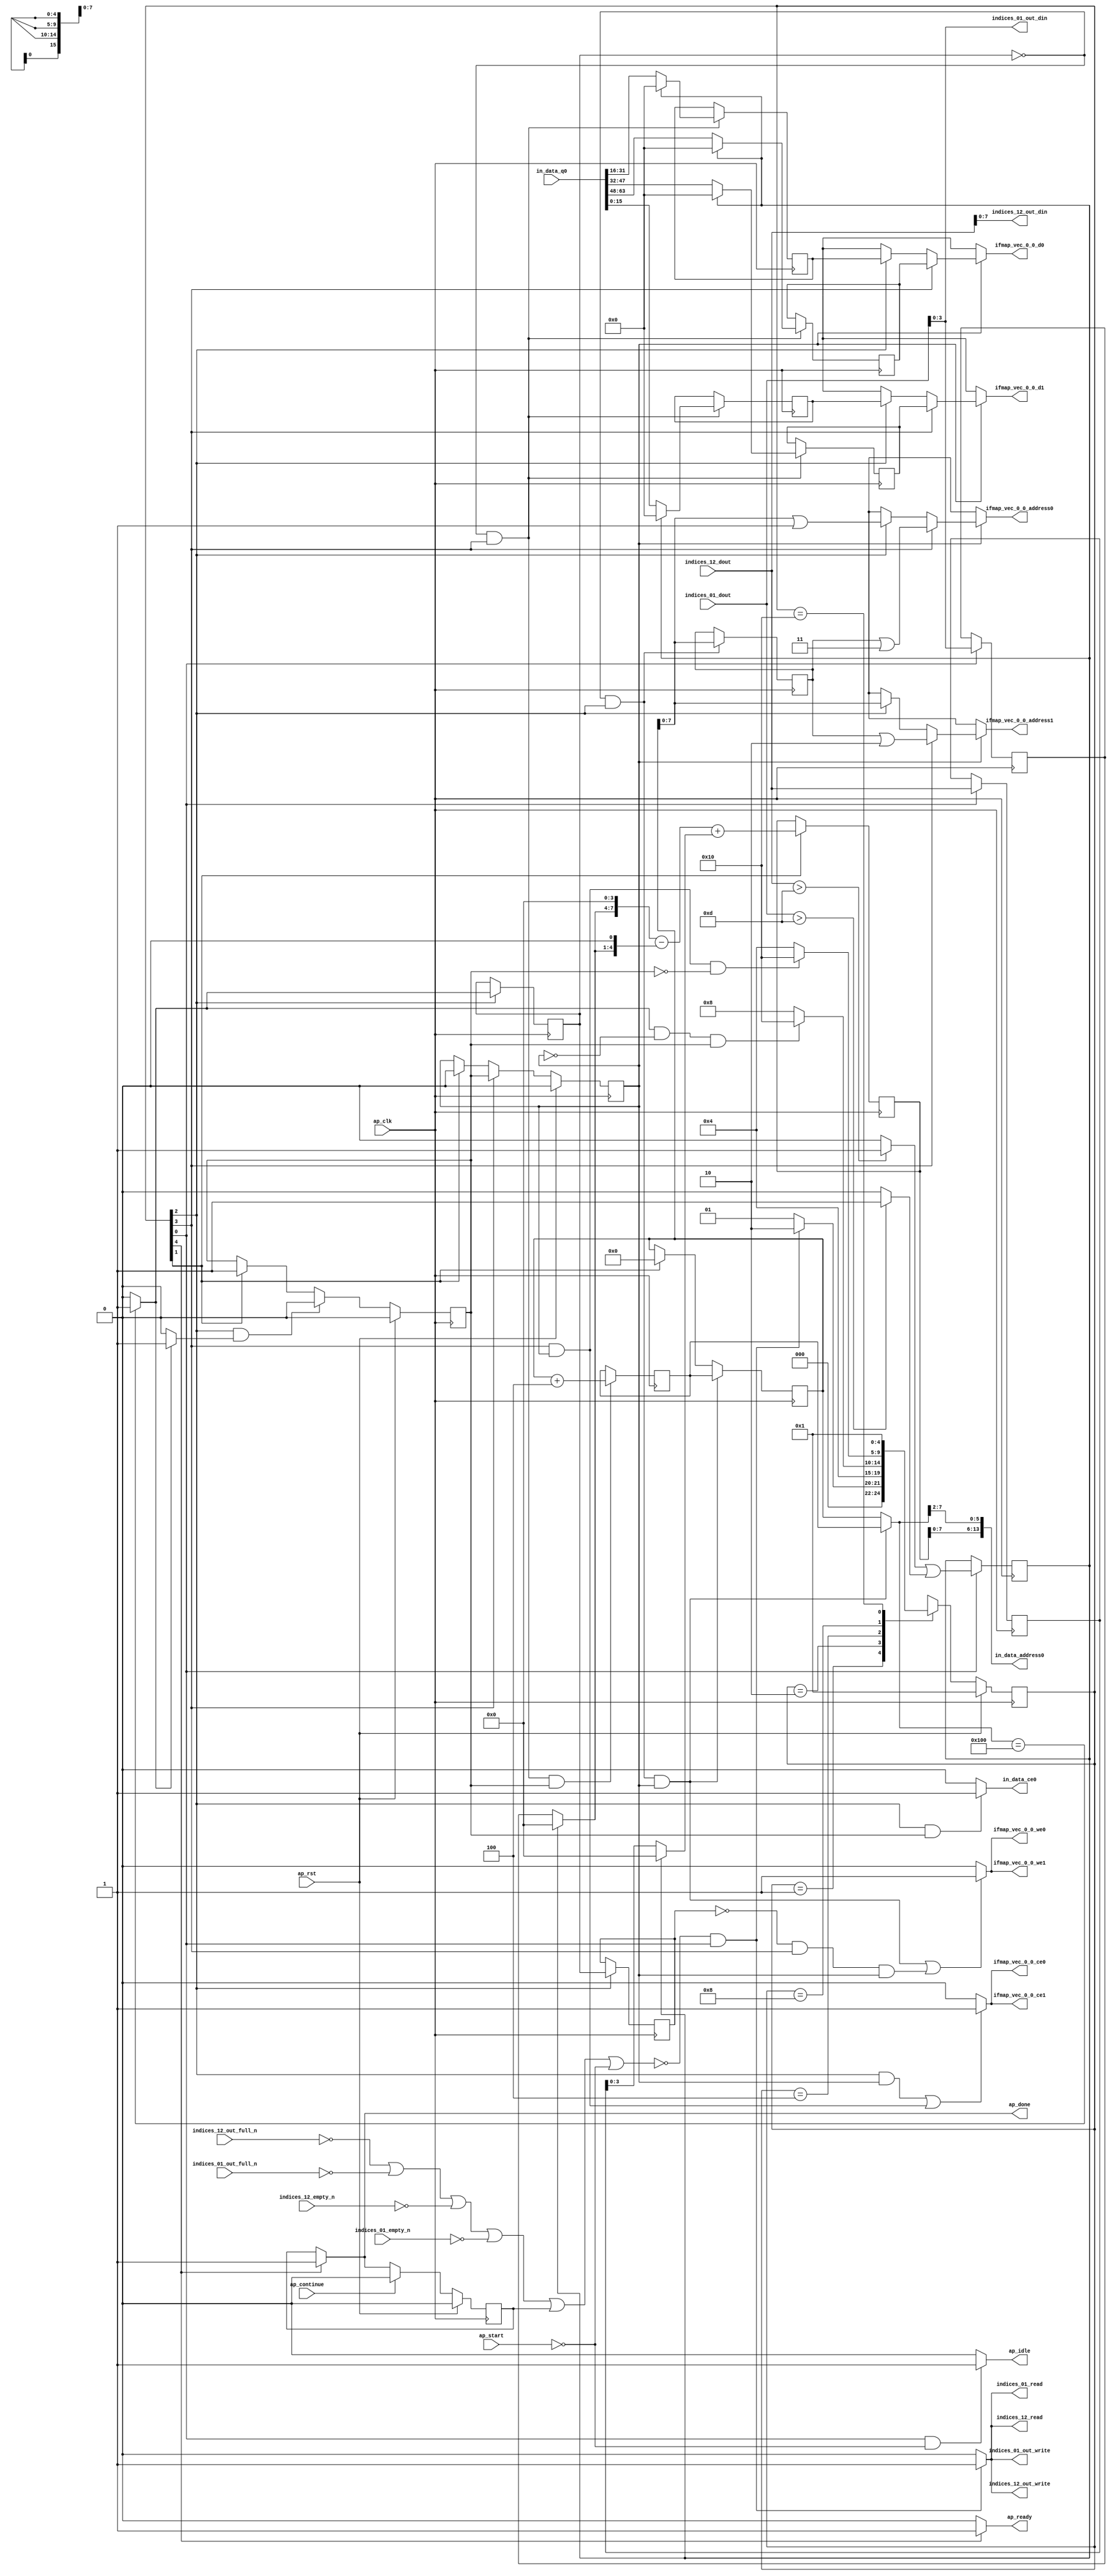
`define EXPONENT 5
`define MANTISSA 10
`define ACTUAL_MANTISSA 11
`define EXPONENT_LSB 10
`define EXPONENT_MSB 14
`define MANTISSA_LSB 0
`define MANTISSA_MSB 9
`define MANTISSA_MUL_SPLIT_LSB 3
`define MANTISSA_MUL_SPLIT_MSB 9
`define SIGN 1
`define SIGN_LOC 15
`define DWIDTH (`SIGN+`EXPONENT+`MANTISSA)
`define IEEE_COMPLIANCE 1

module td_fused_top_tdf9_readInputs (
        ap_clk,
        ap_rst,
        ap_start,
        ap_done,
        ap_continue,
        ap_idle,
        ap_ready,
        in_data_address0,
        in_data_ce0,
        in_data_q0,
        indices_01_dout,
        indices_01_empty_n,
        indices_01_read,
        indices_12_dout,
        indices_12_empty_n,
        indices_12_read,
        ifmap_vec_0_0_address0,
        ifmap_vec_0_0_ce0,
        ifmap_vec_0_0_we0,
        ifmap_vec_0_0_d0,
        ifmap_vec_0_0_address1,
        ifmap_vec_0_0_ce1,
        ifmap_vec_0_0_we1,
        ifmap_vec_0_0_d1,
        indices_01_out_din,
        indices_01_out_full_n,
        indices_01_out_write,
        indices_12_out_din,
        indices_12_out_full_n,
        indices_12_out_write
);

parameter    ap_ST_fsm_state1 = 5'd1;
parameter    ap_ST_fsm_state2 = 5'd2;
parameter    ap_ST_fsm_pp0_stage0 = 5'd4;
parameter    ap_ST_fsm_pp0_stage1 = 5'd8;
parameter    ap_ST_fsm_state7 = 5'd16;

input   ap_clk;
input   ap_rst;
input   ap_start;
output   ap_done;
input   ap_continue;
output   ap_idle;
output   ap_ready;
output  [13:0] in_data_address0;
output   in_data_ce0;
input  [63:0] in_data_q0;
input  [15:0] indices_01_dout;
input   indices_01_empty_n;
output   indices_01_read;
input  [15:0] indices_12_dout;
input   indices_12_empty_n;
output   indices_12_read;
output  [7:0] ifmap_vec_0_0_address0;
output   ifmap_vec_0_0_ce0;
output   ifmap_vec_0_0_we0;
output  [15:0] ifmap_vec_0_0_d0;
output  [7:0] ifmap_vec_0_0_address1;
output   ifmap_vec_0_0_ce1;
output   ifmap_vec_0_0_we1;
output  [15:0] ifmap_vec_0_0_d1;
output  [3:0] indices_01_out_din;
input   indices_01_out_full_n;
output   indices_01_out_write;
output  [7:0] indices_12_out_din;
input   indices_12_out_full_n;
output   indices_12_out_write;

reg ap_done;
reg ap_idle;
reg ap_ready;
reg in_data_ce0;
reg indices_01_read;
reg indices_12_read;
reg[7:0] ifmap_vec_0_0_address0;
reg ifmap_vec_0_0_ce0;
reg ifmap_vec_0_0_we0;
reg[15:0] ifmap_vec_0_0_d0;
reg[7:0] ifmap_vec_0_0_address1;
reg ifmap_vec_0_0_ce1;
reg ifmap_vec_0_0_we1;
reg[15:0] ifmap_vec_0_0_d1;
reg indices_01_out_write;
reg indices_12_out_write;

reg    ap_done_reg;
  reg   [4:0] ap_CS_fsm;
wire    ap_CS_fsm_state1;
reg    indices_01_blk_n;
reg    indices_12_blk_n;
reg    indices_01_out_blk_n;
reg    indices_12_out_blk_n;
reg   [8:0] kk_0_i_i_reg_180;
wire   [3:0] trunc_ln135_fu_192_p1;
reg   [3:0] trunc_ln135_reg_432;
reg   [15:0] col_coord_reg_437;
wire   [0:0] is_padding_fu_214_p2;
reg   [0:0] is_padding_reg_442;
wire   [9:0] add_ln32_fu_274_p2;
reg   [9:0] add_ln32_reg_452;
wire    ap_CS_fsm_state2;
wire   [0:0] icmp_ln25_fu_280_p2;
reg   [0:0] icmp_ln25_reg_457;
wire    ap_CS_fsm_pp0_stage0;
wire    ap_block_state3_pp0_stage0_iter0;
wire    ap_block_state5_pp0_stage0_iter1;
wire    ap_block_pp0_stage0_11001;
reg   [0:0] icmp_ln25_reg_457_pp0_iter1_reg;
wire   [8:0] add_ln25_fu_308_p2;
reg   [8:0] add_ln25_reg_466;
wire    ap_CS_fsm_pp0_stage1;
reg    ap_enable_reg_pp0_iter0;
wire    ap_block_state4_pp0_stage1_iter0;
wire    ap_block_state6_pp0_stage1_iter1;
wire    ap_block_pp0_stage1_11001;
wire   [15:0] select_ln33_fu_322_p3;
reg   [15:0] select_ln33_reg_471;
wire   [15:0] select_ln33_1_fu_343_p3;
reg   [15:0] select_ln33_1_reg_476;
wire   [15:0] select_ln33_2_fu_364_p3;
reg   [15:0] select_ln33_2_reg_481;
wire   [15:0] select_ln33_3_fu_385_p3;
reg   [15:0] select_ln33_3_reg_486;
wire   [7:0] empty_68_fu_392_p1;
reg   [7:0] empty_68_reg_491;
wire    ap_block_pp0_stage0_subdone;
reg    ap_condition_pp0_exit_iter0_state3;
reg    ap_enable_reg_pp0_iter1;
wire    ap_block_pp0_stage1_subdone;
reg   [8:0] ap_phi_mux_kk_0_i_i_phi_fu_184_p4;
wire    ap_block_pp0_stage0;
wire   [63:0] sext_ln32_fu_303_p1;
wire   [63:0] zext_ln32_fu_396_p1;
wire   [63:0] zext_ln32_2_fu_407_p1;
wire   [63:0] zext_ln32_3_fu_417_p1;
wire    ap_block_pp0_stage1;
wire   [63:0] zext_ln32_4_fu_427_p1;
reg    ap_block_state1;
wire   [0:0] cmp7_i_i_fu_202_p2;
wire   [0:0] icmp_ln24_fu_208_p2;
wire   [3:0] empty_66_fu_220_p1;
wire   [3:0] row_coord_int_fu_223_p3;
wire   [7:0] tmp_fu_236_p3;
wire   [4:0] tmp_4_fu_248_p3;
wire   [8:0] zext_ln32_1_fu_244_p1;
wire   [8:0] zext_ln32_5_fu_256_p1;
wire   [8:0] sub_ln32_fu_260_p2;
wire   [3:0] col_coord_int_fu_229_p3;
wire   [9:0] sub_ln32_cast_fu_266_p1;
wire   [9:0] zext_ln32_6_fu_270_p1;
wire   [5:0] lshr_ln_fu_286_p4;
wire   [15:0] tmp_1_fu_296_p3;
wire   [15:0] trunc_ln32_fu_314_p1;
wire   [15:0] bitcast_ln32_fu_318_p1;
wire   [15:0] tmp_4_i_i_fu_329_p4;
wire   [15:0] bitcast_ln32_1_fu_339_p1;
wire   [15:0] tmp_5_i_i_fu_350_p4;
wire   [15:0] bitcast_ln32_2_fu_360_p1;
wire   [15:0] tmp_6_i_i_fu_371_p4;
wire   [15:0] bitcast_ln32_3_fu_381_p1;
wire   [7:0] or_ln25_fu_401_p2;
wire   [7:0] or_ln25_1_fu_412_p2;
wire   [7:0] or_ln25_2_fu_422_p2;
wire    ap_CS_fsm_state7;
reg   [4:0] ap_NS_fsm;
reg    ap_idle_pp0;
wire    ap_enable_pp0;
wire    ap_ce_reg;

// power-on initialization
initial begin
#0 ap_done_reg = 1'b0;
#0 ap_CS_fsm = 5'd1;
#0 ap_enable_reg_pp0_iter0 = 1'b0;
#0 ap_enable_reg_pp0_iter1 = 1'b0;
end

always @ (posedge ap_clk) begin
    if (ap_rst == 1'b1) begin
        ap_CS_fsm <= ap_ST_fsm_state1;
    end else begin
        ap_CS_fsm <= ap_NS_fsm;
    end
end

always @ (posedge ap_clk) begin
    if (ap_rst == 1'b1) begin
        ap_done_reg <= 1'b0;
    end else begin
        if ((ap_continue == 1'b1)) begin
            ap_done_reg <= 1'b0;
        end else if ((1'b1 == ap_CS_fsm_state7)) begin
            ap_done_reg <= 1'b1;
        end
    end
end

always @ (posedge ap_clk) begin
    if (ap_rst == 1'b1) begin
        ap_enable_reg_pp0_iter0 <= 1'b0;
    end else begin
        if (((1'b0 == ap_block_pp0_stage0_subdone) & (1'b1 == ap_CS_fsm_pp0_stage0) & (1'b1 == ap_condition_pp0_exit_iter0_state3))) begin
            ap_enable_reg_pp0_iter0 <= 1'b0;
        end else if ((1'b1 == ap_CS_fsm_state2)) begin
            ap_enable_reg_pp0_iter0 <= 1'b1;
        end
    end
end

always @ (posedge ap_clk) begin
    if (ap_rst == 1'b1) begin
        ap_enable_reg_pp0_iter1 <= 1'b0;
    end else begin
        if (((1'b0 == ap_block_pp0_stage1_subdone) & (1'b1 == ap_CS_fsm_pp0_stage1))) begin
            ap_enable_reg_pp0_iter1 <= ap_enable_reg_pp0_iter0;
        end else if ((1'b1 == ap_CS_fsm_state2)) begin
            ap_enable_reg_pp0_iter1 <= 1'b0;
        end
    end
end

always @ (posedge ap_clk) begin
    if (((1'b0 == ap_block_pp0_stage0_11001) & (icmp_ln25_reg_457 == 1'd0) & (1'b1 == ap_CS_fsm_pp0_stage0) & (ap_enable_reg_pp0_iter1 == 1'b1))) begin
        kk_0_i_i_reg_180 <= add_ln25_reg_466;
    end else if ((1'b1 == ap_CS_fsm_state2)) begin
        kk_0_i_i_reg_180 <= 9'd0;
    end
end

always @ (posedge ap_clk) begin
    if (((1'b0 == ap_block_pp0_stage1_11001) & (icmp_ln25_reg_457 == 1'd0) & (1'b1 == ap_CS_fsm_pp0_stage1) & (ap_enable_reg_pp0_iter0 == 1'b1))) begin
        add_ln25_reg_466 <= add_ln25_fu_308_p2;
    end
end

always @ (posedge ap_clk) begin
    if ((1'b1 == ap_CS_fsm_state2)) begin
        add_ln32_reg_452 <= add_ln32_fu_274_p2;
    end
end

always @ (posedge ap_clk) begin
    if ((1'b1 == ap_CS_fsm_state1)) begin
        col_coord_reg_437 <= indices_12_dout;
        is_padding_reg_442 <= is_padding_fu_214_p2;
        trunc_ln135_reg_432 <= trunc_ln135_fu_192_p1;
    end
end

always @ (posedge ap_clk) begin
    if (((1'b0 == ap_block_pp0_stage0_11001) & (icmp_ln25_reg_457 == 1'd0) & (1'b1 == ap_CS_fsm_pp0_stage0))) begin
        empty_68_reg_491 <= empty_68_fu_392_p1;
    end
end

always @ (posedge ap_clk) begin
    if (((1'b0 == ap_block_pp0_stage0_11001) & (1'b1 == ap_CS_fsm_pp0_stage0))) begin
        icmp_ln25_reg_457 <= icmp_ln25_fu_280_p2;
        icmp_ln25_reg_457_pp0_iter1_reg <= icmp_ln25_reg_457;
    end
end

always @ (posedge ap_clk) begin
    if (((1'b0 == ap_block_pp0_stage1_11001) & (icmp_ln25_reg_457 == 1'd0) & (1'b1 == ap_CS_fsm_pp0_stage1))) begin
        select_ln33_1_reg_476 <= select_ln33_1_fu_343_p3;
        select_ln33_2_reg_481 <= select_ln33_2_fu_364_p3;
        select_ln33_3_reg_486 <= select_ln33_3_fu_385_p3;
        select_ln33_reg_471 <= select_ln33_fu_322_p3;
    end
end

always @ (*) begin
    if ((icmp_ln25_fu_280_p2 == 1'd1)) begin
        ap_condition_pp0_exit_iter0_state3 = 1'b1;
    end else begin
        ap_condition_pp0_exit_iter0_state3 = 1'b0;
    end
end

always @ (*) begin
    if ((1'b1 == ap_CS_fsm_state7)) begin
        ap_done = 1'b1;
    end else begin
        ap_done = ap_done_reg;
    end
end

always @ (*) begin
    if (((1'b1 == ap_CS_fsm_state1) & (ap_start == 1'b0))) begin
        ap_idle = 1'b1;
    end else begin
        ap_idle = 1'b0;
    end
end

always @ (*) begin
    if (((ap_enable_reg_pp0_iter1 == 1'b0) & (ap_enable_reg_pp0_iter0 == 1'b0))) begin
        ap_idle_pp0 = 1'b1;
    end else begin
        ap_idle_pp0 = 1'b0;
    end
end

always @ (*) begin
    if (((1'b0 == ap_block_pp0_stage0) & (icmp_ln25_reg_457 == 1'd0) & (1'b1 == ap_CS_fsm_pp0_stage0) & (ap_enable_reg_pp0_iter1 == 1'b1))) begin
        ap_phi_mux_kk_0_i_i_phi_fu_184_p4 = add_ln25_reg_466;
    end else begin
        ap_phi_mux_kk_0_i_i_phi_fu_184_p4 = kk_0_i_i_reg_180;
    end
end

always @ (*) begin
    if ((1'b1 == ap_CS_fsm_state7)) begin
        ap_ready = 1'b1;
    end else begin
        ap_ready = 1'b0;
    end
end

always @ (*) begin
    if ((ap_enable_reg_pp0_iter1 == 1'b1)) begin
        if (((1'b0 == ap_block_pp0_stage1) & (1'b1 == ap_CS_fsm_pp0_stage1))) begin
            ifmap_vec_0_0_address0 = zext_ln32_4_fu_427_p1;
        end else if (((1'b0 == ap_block_pp0_stage0) & (1'b1 == ap_CS_fsm_pp0_stage0))) begin
            ifmap_vec_0_0_address0 = zext_ln32_2_fu_407_p1;
        end else begin
            ifmap_vec_0_0_address0 = 'bx;
        end
    end else begin
        ifmap_vec_0_0_address0 = 'bx;
    end
end

always @ (*) begin
    if ((ap_enable_reg_pp0_iter1 == 1'b1)) begin
        if (((1'b0 == ap_block_pp0_stage1) & (1'b1 == ap_CS_fsm_pp0_stage1))) begin
            ifmap_vec_0_0_address1 = zext_ln32_3_fu_417_p1;
        end else if (((1'b0 == ap_block_pp0_stage0) & (1'b1 == ap_CS_fsm_pp0_stage0))) begin
            ifmap_vec_0_0_address1 = zext_ln32_fu_396_p1;
        end else begin
            ifmap_vec_0_0_address1 = 'bx;
        end
    end else begin
        ifmap_vec_0_0_address1 = 'bx;
    end
end

always @ (*) begin
    if ((((1'b0 == ap_block_pp0_stage0_11001) & (1'b1 == ap_CS_fsm_pp0_stage0) & (ap_enable_reg_pp0_iter1 == 1'b1)) | ((1'b0 == ap_block_pp0_stage1_11001) & (1'b1 == ap_CS_fsm_pp0_stage1) & (ap_enable_reg_pp0_iter1 == 1'b1)))) begin
        ifmap_vec_0_0_ce0 = 1'b1;
    end else begin
        ifmap_vec_0_0_ce0 = 1'b0;
    end
end

always @ (*) begin
    if ((((1'b0 == ap_block_pp0_stage0_11001) & (1'b1 == ap_CS_fsm_pp0_stage0) & (ap_enable_reg_pp0_iter1 == 1'b1)) | ((1'b0 == ap_block_pp0_stage1_11001) & (1'b1 == ap_CS_fsm_pp0_stage1) & (ap_enable_reg_pp0_iter1 == 1'b1)))) begin
        ifmap_vec_0_0_ce1 = 1'b1;
    end else begin
        ifmap_vec_0_0_ce1 = 1'b0;
    end
end

always @ (*) begin
    if ((ap_enable_reg_pp0_iter1 == 1'b1)) begin
        if (((1'b0 == ap_block_pp0_stage1) & (1'b1 == ap_CS_fsm_pp0_stage1))) begin
            ifmap_vec_0_0_d0 = select_ln33_3_reg_486;
        end else if (((1'b0 == ap_block_pp0_stage0) & (1'b1 == ap_CS_fsm_pp0_stage0))) begin
            ifmap_vec_0_0_d0 = select_ln33_1_reg_476;
        end else begin
            ifmap_vec_0_0_d0 = 'bx;
        end
    end else begin
        ifmap_vec_0_0_d0 = 'bx;
    end
end

always @ (*) begin
    if ((ap_enable_reg_pp0_iter1 == 1'b1)) begin
        if (((1'b0 == ap_block_pp0_stage1) & (1'b1 == ap_CS_fsm_pp0_stage1))) begin
            ifmap_vec_0_0_d1 = select_ln33_2_reg_481;
        end else if (((1'b0 == ap_block_pp0_stage0) & (1'b1 == ap_CS_fsm_pp0_stage0))) begin
            ifmap_vec_0_0_d1 = select_ln33_reg_471;
        end else begin
            ifmap_vec_0_0_d1 = 'bx;
        end
    end else begin
        ifmap_vec_0_0_d1 = 'bx;
    end
end

always @ (*) begin
    if ((((1'b0 == ap_block_pp0_stage0_11001) & (icmp_ln25_reg_457 == 1'd0) & (1'b1 == ap_CS_fsm_pp0_stage0) & (ap_enable_reg_pp0_iter1 == 1'b1)) | ((icmp_ln25_reg_457_pp0_iter1_reg == 1'd0) & (1'b0 == ap_block_pp0_stage1_11001) & (1'b1 == ap_CS_fsm_pp0_stage1) & (ap_enable_reg_pp0_iter1 == 1'b1)))) begin
        ifmap_vec_0_0_we0 = 1'b1;
    end else begin
        ifmap_vec_0_0_we0 = 1'b0;
    end
end

always @ (*) begin
    if ((((1'b0 == ap_block_pp0_stage0_11001) & (icmp_ln25_reg_457 == 1'd0) & (1'b1 == ap_CS_fsm_pp0_stage0) & (ap_enable_reg_pp0_iter1 == 1'b1)) | ((icmp_ln25_reg_457_pp0_iter1_reg == 1'd0) & (1'b0 == ap_block_pp0_stage1_11001) & (1'b1 == ap_CS_fsm_pp0_stage1) & (ap_enable_reg_pp0_iter1 == 1'b1)))) begin
        ifmap_vec_0_0_we1 = 1'b1;
    end else begin
        ifmap_vec_0_0_we1 = 1'b0;
    end
end

always @ (*) begin
    if (((1'b0 == ap_block_pp0_stage0_11001) & (1'b1 == ap_CS_fsm_pp0_stage0) & (ap_enable_reg_pp0_iter0 == 1'b1))) begin
        in_data_ce0 = 1'b1;
    end else begin
        in_data_ce0 = 1'b0;
    end
end

always @ (*) begin
    if ((~((ap_done_reg == 1'b1) | (ap_start == 1'b0)) & (1'b1 == ap_CS_fsm_state1))) begin
        indices_01_blk_n = indices_01_empty_n;
    end else begin
        indices_01_blk_n = 1'b1;
    end
end

always @ (*) begin
    if ((~((ap_done_reg == 1'b1) | (ap_start == 1'b0)) & (1'b1 == ap_CS_fsm_state1))) begin
        indices_01_out_blk_n = indices_01_out_full_n;
    end else begin
        indices_01_out_blk_n = 1'b1;
    end
end

always @ (*) begin
    if ((~((indices_12_out_full_n == 1'b0) | (indices_01_out_full_n == 1'b0) | (indices_12_empty_n == 1'b0) | (indices_01_empty_n == 1'b0) | (ap_done_reg == 1'b1) | (ap_start == 1'b0)) & (1'b1 == ap_CS_fsm_state1))) begin
        indices_01_out_write = 1'b1;
    end else begin
        indices_01_out_write = 1'b0;
    end
end

always @ (*) begin
    if ((~((indices_12_out_full_n == 1'b0) | (indices_01_out_full_n == 1'b0) | (indices_12_empty_n == 1'b0) | (indices_01_empty_n == 1'b0) | (ap_done_reg == 1'b1) | (ap_start == 1'b0)) & (1'b1 == ap_CS_fsm_state1))) begin
        indices_01_read = 1'b1;
    end else begin
        indices_01_read = 1'b0;
    end
end

always @ (*) begin
    if ((~((ap_done_reg == 1'b1) | (ap_start == 1'b0)) & (1'b1 == ap_CS_fsm_state1))) begin
        indices_12_blk_n = indices_12_empty_n;
    end else begin
        indices_12_blk_n = 1'b1;
    end
end

always @ (*) begin
    if ((~((ap_done_reg == 1'b1) | (ap_start == 1'b0)) & (1'b1 == ap_CS_fsm_state1))) begin
        indices_12_out_blk_n = indices_12_out_full_n;
    end else begin
        indices_12_out_blk_n = 1'b1;
    end
end

always @ (*) begin
    if ((~((indices_12_out_full_n == 1'b0) | (indices_01_out_full_n == 1'b0) | (indices_12_empty_n == 1'b0) | (indices_01_empty_n == 1'b0) | (ap_done_reg == 1'b1) | (ap_start == 1'b0)) & (1'b1 == ap_CS_fsm_state1))) begin
        indices_12_out_write = 1'b1;
    end else begin
        indices_12_out_write = 1'b0;
    end
end

always @ (*) begin
    if ((~((indices_12_out_full_n == 1'b0) | (indices_01_out_full_n == 1'b0) | (indices_12_empty_n == 1'b0) | (indices_01_empty_n == 1'b0) | (ap_done_reg == 1'b1) | (ap_start == 1'b0)) & (1'b1 == ap_CS_fsm_state1))) begin
        indices_12_read = 1'b1;
    end else begin
        indices_12_read = 1'b0;
    end
end

always @ (*) begin
    case (ap_CS_fsm)
        ap_ST_fsm_state1 : begin
            if ((~((indices_12_out_full_n == 1'b0) | (indices_01_out_full_n == 1'b0) | (indices_12_empty_n == 1'b0) | (indices_01_empty_n == 1'b0) | (ap_done_reg == 1'b1) | (ap_start == 1'b0)) & (1'b1 == ap_CS_fsm_state1))) begin
                ap_NS_fsm = ap_ST_fsm_state2;
            end else begin
                ap_NS_fsm = ap_ST_fsm_state1;
            end
        end
        ap_ST_fsm_state2 : begin
            ap_NS_fsm = ap_ST_fsm_pp0_stage0;
        end
        ap_ST_fsm_pp0_stage0 : begin
            if ((~((1'b0 == ap_block_pp0_stage0_subdone) & (icmp_ln25_fu_280_p2 == 1'd1) & (ap_enable_reg_pp0_iter1 == 1'b0) & (ap_enable_reg_pp0_iter0 == 1'b1)) & (1'b0 == ap_block_pp0_stage0_subdone))) begin
                ap_NS_fsm = ap_ST_fsm_pp0_stage1;
            end else if (((1'b0 == ap_block_pp0_stage0_subdone) & (icmp_ln25_fu_280_p2 == 1'd1) & (ap_enable_reg_pp0_iter1 == 1'b0) & (ap_enable_reg_pp0_iter0 == 1'b1))) begin
                ap_NS_fsm = ap_ST_fsm_state7;
            end else begin
                ap_NS_fsm = ap_ST_fsm_pp0_stage0;
            end
        end
        ap_ST_fsm_pp0_stage1 : begin
            if ((~((1'b0 == ap_block_pp0_stage1_subdone) & (1'b1 == ap_CS_fsm_pp0_stage1) & (ap_enable_reg_pp0_iter1 == 1'b1) & (ap_enable_reg_pp0_iter0 == 1'b0)) & (1'b0 == ap_block_pp0_stage1_subdone))) begin
                ap_NS_fsm = ap_ST_fsm_pp0_stage0;
            end else if (((1'b0 == ap_block_pp0_stage1_subdone) & (1'b1 == ap_CS_fsm_pp0_stage1) & (ap_enable_reg_pp0_iter1 == 1'b1) & (ap_enable_reg_pp0_iter0 == 1'b0))) begin
                ap_NS_fsm = ap_ST_fsm_state7;
            end else begin
                ap_NS_fsm = ap_ST_fsm_pp0_stage1;
            end
        end
        ap_ST_fsm_state7 : begin
            ap_NS_fsm = ap_ST_fsm_state1;
        end
        default : begin
            ap_NS_fsm = 'bx;
        end
    endcase
end

assign add_ln25_fu_308_p2 = (kk_0_i_i_reg_180 + 9'd4);

assign add_ln32_fu_274_p2 = ((sub_ln32_cast_fu_266_p1) + (zext_ln32_6_fu_270_p1));

assign ap_CS_fsm_pp0_stage0 = ap_CS_fsm[32'd2];

assign ap_CS_fsm_pp0_stage1 = ap_CS_fsm[32'd3];

assign ap_CS_fsm_state1 = ap_CS_fsm[32'd0];

assign ap_CS_fsm_state2 = ap_CS_fsm[32'd1];

assign ap_CS_fsm_state7 = ap_CS_fsm[32'd4];

assign ap_block_pp0_stage0 = ~(1'b1 == 1'b1);

assign ap_block_pp0_stage0_11001 = ~(1'b1 == 1'b1);

assign ap_block_pp0_stage0_subdone = ~(1'b1 == 1'b1);

assign ap_block_pp0_stage1 = ~(1'b1 == 1'b1);

assign ap_block_pp0_stage1_11001 = ~(1'b1 == 1'b1);

assign ap_block_pp0_stage1_subdone = ~(1'b1 == 1'b1);

always @ (*) begin
    ap_block_state1 = ((indices_12_out_full_n == 1'b0) | (indices_01_out_full_n == 1'b0) | (indices_12_empty_n == 1'b0) | (indices_01_empty_n == 1'b0) | (ap_done_reg == 1'b1) | (ap_start == 1'b0));
end

assign ap_block_state3_pp0_stage0_iter0 = ~(1'b1 == 1'b1);

assign ap_block_state4_pp0_stage1_iter0 = ~(1'b1 == 1'b1);

assign ap_block_state5_pp0_stage0_iter1 = ~(1'b1 == 1'b1);

assign ap_block_state6_pp0_stage1_iter1 = ~(1'b1 == 1'b1);

assign ap_enable_pp0 = (ap_idle_pp0 ^ 1'b1);

assign bitcast_ln32_1_fu_339_p1 = tmp_4_i_i_fu_329_p4;

assign bitcast_ln32_2_fu_360_p1 = tmp_5_i_i_fu_350_p4;

assign bitcast_ln32_3_fu_381_p1 = tmp_6_i_i_fu_371_p4;

assign bitcast_ln32_fu_318_p1 = trunc_ln32_fu_314_p1;

assign cmp7_i_i_fu_202_p2 = ((indices_01_dout > 16'd13) ? 1'b1 : 1'b0);

assign col_coord_int_fu_229_p3 = ((is_padding_reg_442[0:0] == 1'b1) ? 4'd0 : empty_66_fu_220_p1);

assign empty_66_fu_220_p1 = col_coord_reg_437[3:0];

assign empty_68_fu_392_p1 = kk_0_i_i_reg_180[7:0];

assign icmp_ln24_fu_208_p2 = ((indices_12_dout > 16'd13) ? 1'b1 : 1'b0);

assign icmp_ln25_fu_280_p2 = ((ap_phi_mux_kk_0_i_i_phi_fu_184_p4 == 9'd256) ? 1'b1 : 1'b0);

assign in_data_address0 = sext_ln32_fu_303_p1;

assign indices_01_out_din = indices_01_dout[3:0];

assign indices_12_out_din = indices_12_dout[7:0];

assign is_padding_fu_214_p2 = (icmp_ln24_fu_208_p2 | cmp7_i_i_fu_202_p2);

assign lshr_ln_fu_286_p4 = {{ap_phi_mux_kk_0_i_i_phi_fu_184_p4[7:2]}};

assign or_ln25_1_fu_412_p2 = (empty_68_reg_491 | 8'd2);

assign or_ln25_2_fu_422_p2 = (empty_68_reg_491 | 8'd3);

assign or_ln25_fu_401_p2 = (empty_68_fu_392_p1 | 8'd1);

assign row_coord_int_fu_223_p3 = ((is_padding_reg_442[0:0] == 1'b1) ? 4'd0 : trunc_ln135_reg_432);

assign select_ln33_1_fu_343_p3 = ((is_padding_reg_442[0:0] == 1'b1) ? 16'd0 : bitcast_ln32_1_fu_339_p1);

assign select_ln33_2_fu_364_p3 = ((is_padding_reg_442[0:0] == 1'b1) ? 16'd0 : bitcast_ln32_2_fu_360_p1);

assign select_ln33_3_fu_385_p3 = ((is_padding_reg_442[0:0] == 1'b1) ? 16'd0 : bitcast_ln32_3_fu_381_p1);

assign select_ln33_fu_322_p3 = ((is_padding_reg_442[0:0] == 1'b1) ? 16'd0 : bitcast_ln32_fu_318_p1);

assign sext_ln32_fu_303_p1 = (tmp_1_fu_296_p3);

assign sub_ln32_cast_fu_266_p1 = (sub_ln32_fu_260_p2);

assign sub_ln32_fu_260_p2 = (zext_ln32_1_fu_244_p1 - zext_ln32_5_fu_256_p1);

assign tmp_1_fu_296_p3 = {{add_ln32_reg_452}, {lshr_ln_fu_286_p4}};

assign tmp_4_fu_248_p3 = {{row_coord_int_fu_223_p3}, {1'd0}};

assign tmp_4_i_i_fu_329_p4 = {{in_data_q0[31:16]}};

assign tmp_5_i_i_fu_350_p4 = {{in_data_q0[47:32]}};

assign tmp_6_i_i_fu_371_p4 = {{in_data_q0[63:48]}};

assign tmp_fu_236_p3 = {{row_coord_int_fu_223_p3}, {4'd0}};

assign trunc_ln135_fu_192_p1 = indices_01_dout[3:0];

assign trunc_ln32_fu_314_p1 = in_data_q0[15:0];

assign zext_ln32_1_fu_244_p1 = tmp_fu_236_p3;

assign zext_ln32_2_fu_407_p1 = or_ln25_fu_401_p2;

assign zext_ln32_3_fu_417_p1 = or_ln25_1_fu_412_p2;

assign zext_ln32_4_fu_427_p1 = or_ln25_2_fu_422_p2;

assign zext_ln32_5_fu_256_p1 = tmp_4_fu_248_p3;

assign zext_ln32_6_fu_270_p1 = col_coord_int_fu_229_p3;

assign zext_ln32_fu_396_p1 = kk_0_i_i_reg_180;

endmodule //td_fused_top_tdf9_readInputs